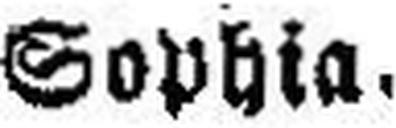
Sophia